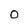
Character: O